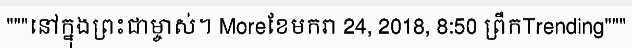
"""នៅក្នុងព្រះជាម្ចាស់។ Moreខែមករា 24, 2018, 8:50 ព្រឹកTrending"""